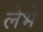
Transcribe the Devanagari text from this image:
लेभे